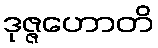
ဒုဇ္ဇဟောတိ